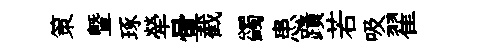
策暨琢犖暈截蠲患蹟若吸翟